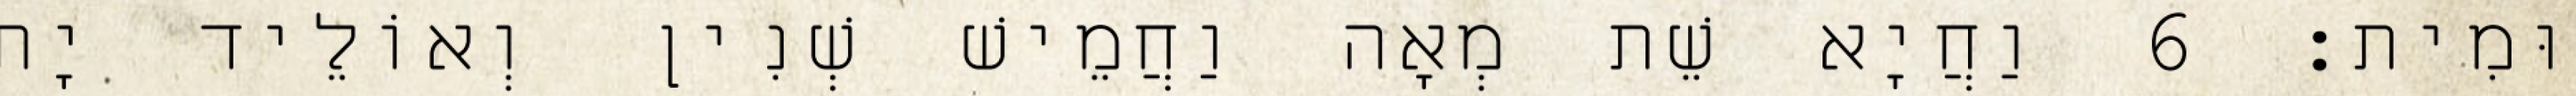
וּמִית׃ 6 וַחֲיָא שֵׁת מְאָה וַחֲמֵישׁ שְׁנִין וְאוֹלֵיד יָת